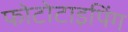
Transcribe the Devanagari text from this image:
फोटोटाइपिंग